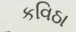
કવિઠા